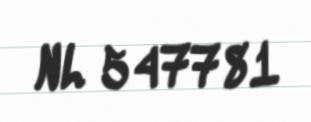
NL 547781